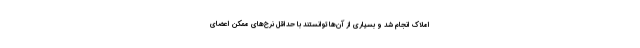
املاک انجام شد و بسیاری از آن‌ها توانستند با حداقل نرخ‌های ممکن اعضای